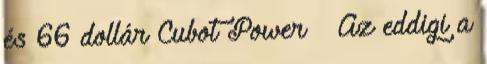
és 66 dollár Cubot Power – Az eddigi a